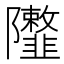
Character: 𨽮